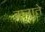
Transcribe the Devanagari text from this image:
बानाते